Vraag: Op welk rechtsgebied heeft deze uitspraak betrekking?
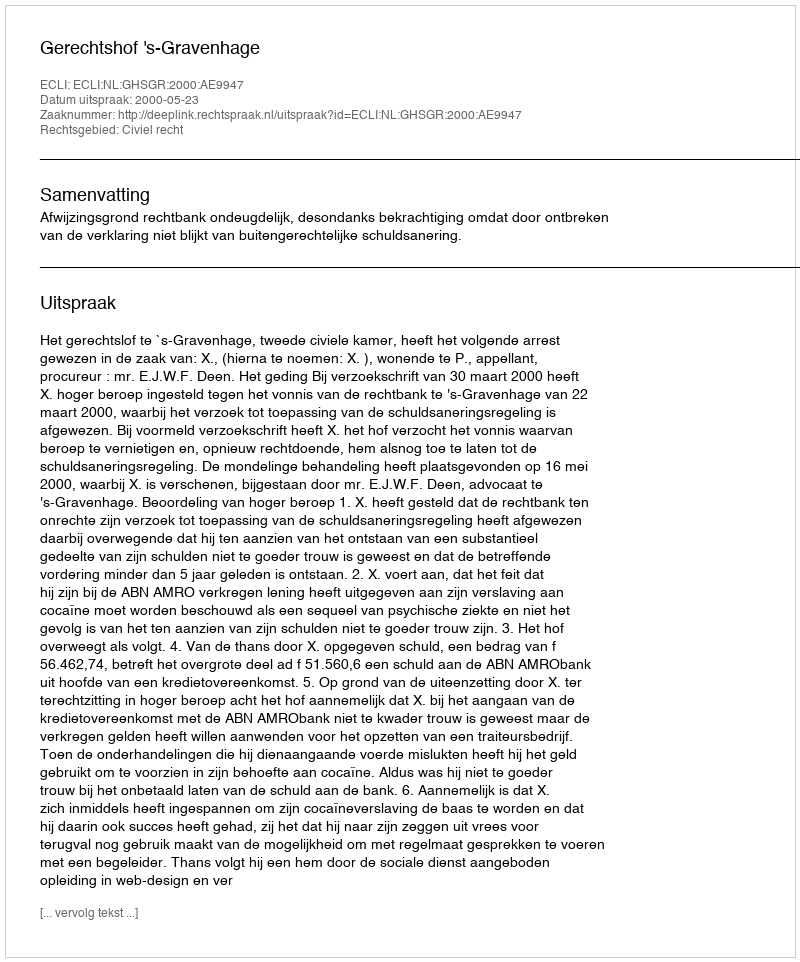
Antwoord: Civiel recht